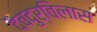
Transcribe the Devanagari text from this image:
दैवदुर्विलास